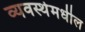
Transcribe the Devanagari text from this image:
व्यवस्थेमधील